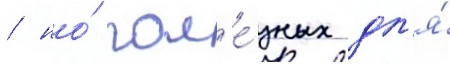
/ но́ пол'е́зных дл'я́